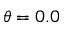
\theta = 0 . 0